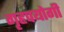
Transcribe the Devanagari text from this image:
गृहपयोगी